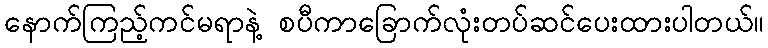
နောက်ကြည့်ကင်မရာနဲ့ စပီကာခြောက်လုံးတပ်ဆင်ပေးထားပါတယ်။